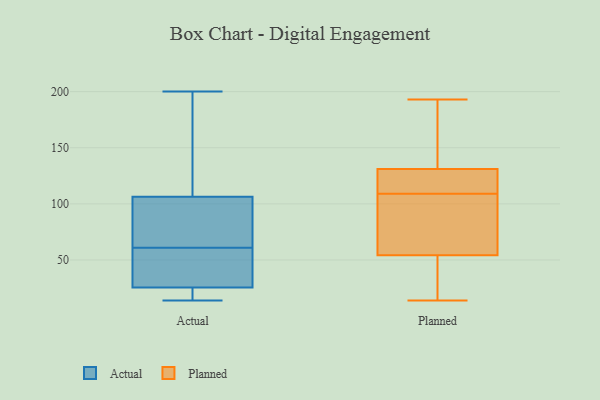
{"axis": {"x": "Demand Index", "y": "Value"}, "legend": ["Actual", "Planned"], "data": [{"x": "", "y": 53, "type": "Actual"}, {"x": "", "y": 108, "type": "Actual"}, {"x": "", "y": 140, "type": "Actual"}, {"x": "", "y": 19, "type": "Actual"}, {"x": "", "y": 14, "type": "Actual"}, {"x": "", "y": 87, "type": "Actual"}, {"x": "", "y": 200, "type": "Actual"}, {"x": "", "y": 61, "type": "Actual"}, {"x": "", "y": 33, "type": "Actual"}, {"x": "", "y": 101, "type": "Actual"}, {"x": "", "y": 70, "type": "Actual"}, {"x": "", "y": 49, "type": "Actual"}, {"x": "", "y": 23, "type": "Actual"}, {"x": "", "y": 16, "type": "Actual"}, {"x": "", "y": 125, "type": "Actual"}, {"x": "", "y": 43, "type": "Planned"}, {"x": "", "y": 95, "type": "Planned"}, {"x": "", "y": 109, "type": "Planned"}, {"x": "", "y": 115, "type": "Planned"}, {"x": "", "y": 50, "type": "Planned"}, {"x": "", "y": 103, "type": "Planned"}, {"x": "", "y": 128, "type": "Planned"}, {"x": "", "y": 193, "type": "Planned"}, {"x": "", "y": 147, "type": "Planned"}, {"x": "", "y": 49, "type": "Planned"}, {"x": "", "y": 109, "type": "Planned"}, {"x": "", "y": 14, "type": "Planned"}, {"x": "", "y": 67, "type": "Planned"}, {"x": "", "y": 184, "type": "Planned"}, {"x": "", "y": 17, "type": "Planned"}, {"x": "", "y": 132, "type": "Planned"}, {"x": "", "y": 127, "type": "Planned"}, {"x": "", "y": 164, "type": "Planned"}, {"x": "", "y": 76, "type": "Planned"}]}